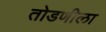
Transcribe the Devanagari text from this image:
तोडणीला